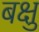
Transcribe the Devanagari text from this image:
बक्षु